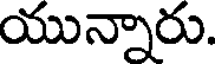
యున్నారు.